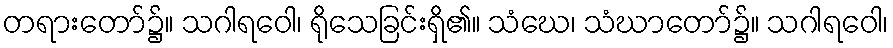
တရားတော်၌။ သဂါရဝေါ၊ ရိုသေခြင်းရှိ၏။ သံဃေ၊ သံဃာတော်၌။ သဂါရဝေါ၊